Sketch of the medical history of the native army of Bombay, for the year
Year: 1872
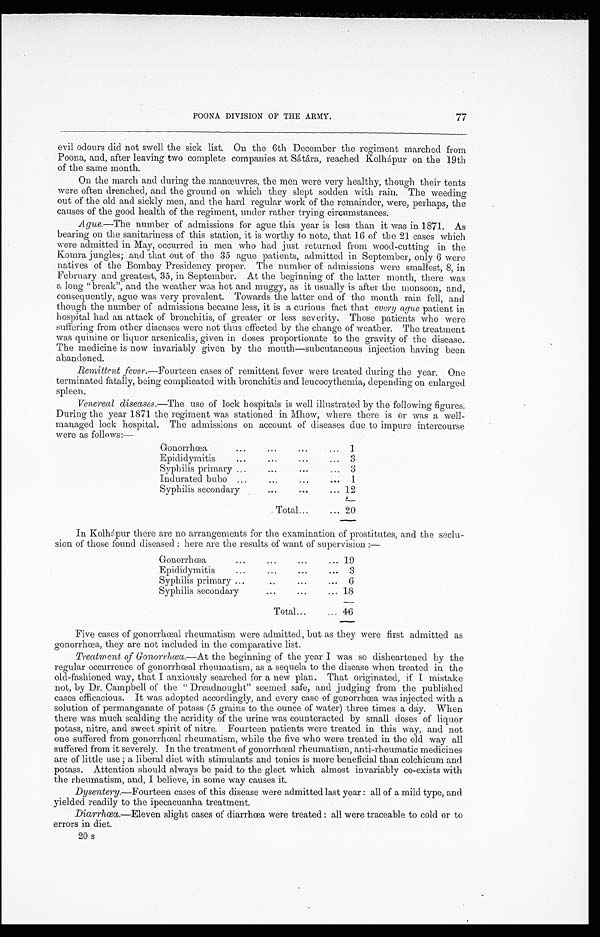
77
POONA DIVISION OF THE ARMY.
evil odours did not swell the sick list. On the 6th December the regiment marched from
Poona, and, after leaving two complete companies at Sátára, reached Kolhápur on the 19th
of the same month.
On the march and during the manœuvres, the men were very healthy, though their tents
were often drenched, and the ground on which they slept sodden with rain. The weeding
out of the old and sickly men, and the hard regular work of the remainder, were, perhaps, the
causes of the good health of the regiment, under rather trying circumstances.
Ague.—The number of admissions for ague this year is less than it was in 1871. As
bearing on the sanitariness of this station, it is worthy to note, that 16 of the 21 cases which
were admitted in May, occurred in men who had just returned from wood-cutting in the
Komra jungles; and that out of the 35 ague patients, admitted in September, only 6 were
natives of the Bombay Presidency proper. The number of admissions were smallest, 8, in
February and greatest, 35, in September. At the beginning of the latter month, there was
a long "break", and the weather was hot and muggy, as it usually is after the monsoon, and,
consequently, ague was very prevalent. Towards the latter end of the month rain fell, and
though the number of admissions became less, it is a curious fact that every ague patient in
hospital had an attack of bronchitis, of greater or less severity. Those patients who were
suffering from other diseases were not thus effected by the change of weather. The treatment
was quinine or liquor arsenicalis, given in doses proportionate to the gravity of the disease.
The medicine is now invariably given by the mouth—subcutaneous injection having been
abandoned.
Remittent fever.—Fourteen cases of remittent fever were treated during the year. One
terminated fatally, being complicated with bronchitis and leucocythemia, depending on enlarged
spleen.
Venereal diseases.—The use of lock hospitals is well illustrated by the following figures.
During the year 1871 the regiment was stationed in Mhow, where there is or was a well
- m a n a g e d l o c k h o s p i t a l . T h e a d m i s s i o n s o n a c c o u n t o f d i s e a s e s d u e t o i m p u r e i n t e r c o u r s e
were as follows:—
Gonorrhœa . . . 1
Epididymitis . . . 3
Syphilis primary . . . 3
Indurated bubo . . . 1
Syphilis secondary . . . 12
Total . . . 20
In Kolhápur there are no arrangements for the examination of prostitutes, and the seclu--
sion of those found diseased : here are the results of want of supervision :—
Gonorrhœa . . .
1 9
Epididymitis . . . 3
Syphilis primary . . .
6
Syphilis secondary . . . 18
Total . . . 46
Five cases of gonorrhœal rheumatism were admitted, but as they were first admitted as
gonorrhoea., they are not included in the comparative list.
Treatment of Gonorrhœa.—At the beginning of the year I was so disheartened by the
regular occurrence of gonorrhœal rheumatism, as a sequela to the disease when treated in the
old-fashioned way, that I anxiously searched for a new plan. That originated, if I mistake
not, by Dr. Campbell of the " Dreadnought" seemed safe, and judging from the published
cases efficacious. It was adopted accordingly, and every case of gonorrhœa was injected with a
solution of permanganate of potass (5 grains to the ounce of water) three times a day. When
there was much scalding the acridity of the urine was counteracted by small doses of liquor
potass, nitre, and sweet spirit of nitre. Fourteen patients were treated in this way, and not
one suffered from gonorrhœal rheumatism, while the five who were treated in the old way all
suffered from it severely. In the treatment of gonorrhœal rheumatism, anti-rheumatic medicines
are of little use ; a liberal diet with stimulants and tonics is more beneficial than colchicum and
potass. Attention should always be paid to the gleet which almost invariably co-exists with
the rheumatism, and, I believe, in some way causes it.
Dysentery.—Fourteen cases of this disease were admitted last year : all of a mild type, and
yielded readily to the ipecacuanha treatment.
Diarrhœa.—Eleven slight cases of diarrhœa were treated : all were traceable to cold or to
errors in diet.
20 s